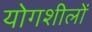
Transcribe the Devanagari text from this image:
योगशीलों